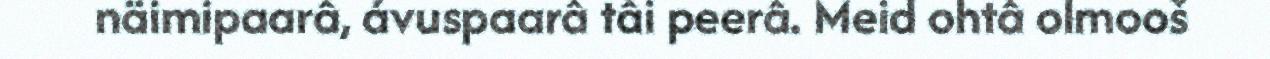
näimipaarâ, ávuspaarâ tâi peerâ. Meid ohtâ olmooš